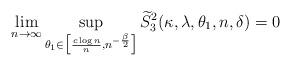
LaTeX: \begin{align*}\lim_{n\to \infty} \sup_{\theta_1 \in \big[ \frac{c\log n}{n} , n^{-\frac{\beta}{2}} \big] }\widetilde{S}_3^2(\kappa, \lambda, \theta_1, n, \delta) = 0 \end{align*}